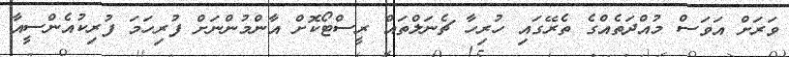
ވަރަށް އަވަސް މުއްދަތެއްގެ ތެރޭގައި ހުރިހާ ޗެނަލްތައް ރީސްޓޯކޮށް އާންމުންނަށް ފުރިހަމަ ފުރިކުއެންސީއާ